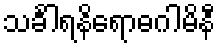
သင်္ခါရနိရောဓဂါမိနီ